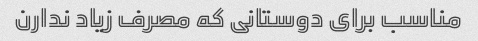
مناسب برای دوستانی که مصرف زیاد ندارن